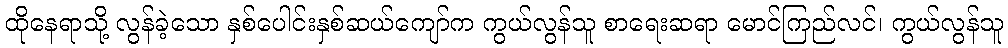
ထိုနေရာသို့ လွန်ခဲ့သော နှစ်ပေါင်းနှစ်ဆယ်ကျော်က ကွယ်လွန်သူ စာရေးဆရာ မောင်ကြည်လင်၊ ကွယ်လွန်သူ